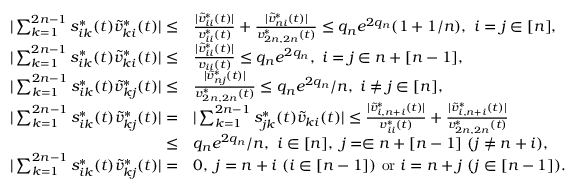
\begin{array} { r l } { | \sum _ { k = 1 } ^ { 2 n - 1 } s _ { i k } ^ { * } ( t ) \widetilde v _ { k i } ^ { * } ( t ) | \le } & { \frac { | \widetilde v _ { i i } ^ { * } ( t ) | } { v _ { i i } ^ { * } ( t ) } + \frac { | \widetilde v _ { n i } ^ { * } ( t ) | } { v _ { 2 n , 2 n } ^ { * } ( t ) } \le q _ { n } e ^ { 2 q _ { n } } ( 1 + 1 / n ) , ~ i = j \in [ n ] , } \\ { | \sum _ { k = 1 } ^ { 2 n - 1 } s _ { i k } ^ { * } ( t ) \widetilde v _ { k i } ^ { * } ( t ) | \le } & { \frac { | \widetilde v _ { i i } ^ { * } ( t ) | } { v _ { i i } ( t ) } \le q _ { n } e ^ { 2 q _ { n } } , ~ i = j \in n + [ n - 1 ] , } \\ { | \sum _ { k = 1 } ^ { 2 n - 1 } s _ { i k } ^ { * } ( t ) \widetilde v _ { k j } ^ { * } ( t ) | \le } & { \frac { | \widetilde v _ { n j } ^ { * } ( t ) | } { v _ { 2 n , 2 n } ^ { * } ( t ) } \le q _ { n } e ^ { 2 q _ { n } } / n , ~ i \neq j \in [ n ] , } \\ { | \sum _ { k = 1 } ^ { 2 n - 1 } s _ { i k } ^ { * } ( t ) \widetilde v _ { k j } ^ { * } ( t ) | = } & { | \sum _ { k = 1 } ^ { 2 n - 1 } s _ { j k } ^ { * } ( t ) \widetilde v _ { k i } ( t ) | \le \frac { | \widetilde v _ { i , n + i } ^ { * } ( t ) | } { v _ { i i } ^ { * } ( t ) } + \frac { | \widetilde v _ { i , n + i } ^ { * } ( t ) | } { v _ { 2 n , 2 n } ^ { * } ( t ) } } \\ { \le } & { q _ { n } e ^ { 2 q _ { n } } / n , ~ i \in [ n ] , ~ j = \in n + [ n - 1 ] ~ ( j \neq n + i ) , } \\ { | \sum _ { k = 1 } ^ { 2 n - 1 } s _ { i k } ^ { * } ( t ) \widetilde v _ { k j } ^ { * } ( t ) | = } & { 0 , ~ j = n + i ~ ( i \in [ n - 1 ] ) ~ \mathrm { o r } ~ i = n + j ~ ( j \in [ n - 1 ] ) . } \end{array}